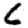
Digit: 6